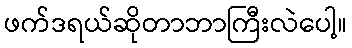
ဖက်ဒရယ်ဆိုတာဘာကြီးလဲပေါ့။